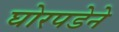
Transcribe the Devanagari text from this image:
घोरपडेने